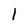
Character: l